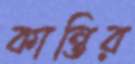
কান্তির